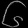
Digit: ၆